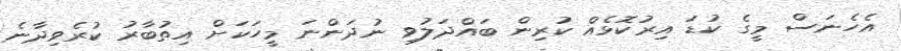
އެހެނަސް މީގެ ކުޑަ އިރުކޮޅެއް ކުރިން ބައްދަލުވި ނުދަންނަ މީހަކަށް އިތުބާރު ކުރެވިދާނެ